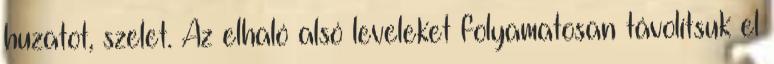
huzatot, szelet. Az elhaló alsó leveleket folyamatosan távolítsuk el